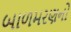
બાળમરણનો